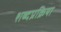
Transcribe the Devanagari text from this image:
शब्दप्रक्रिया